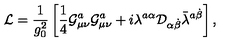
{ \cal L } = \frac { 1 } { g _ { 0 } ^ { 2 } } \left[ \frac { 1 } { 4 } { \cal G } _ { \mu \nu } ^ { a } { \cal G } _ { \mu \nu } ^ { a } + i \lambda ^ { a \alpha } { \cal D } _ { \alpha \dot { \beta } } \bar { \lambda } ^ { a \dot { \beta } } \right] ,